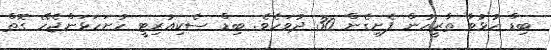
ބިޑް ހުޅުވާ ތާރީހުން ފެށިގެން 30 ދުވަހެވެ. ބިޑް ސެކިއުރިޓީ ހުށަހަޅަންޖެހޭ ގޮތް